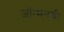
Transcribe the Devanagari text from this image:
जॉन्सनची